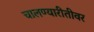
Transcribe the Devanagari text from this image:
चालण्यारीतीवर